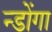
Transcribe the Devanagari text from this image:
न्डोंगा